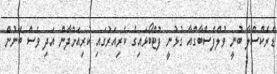
ޑްރެކްސްލާ ބުނީ ވުލްފްސްބާގްއާ ގުޅުނީ ފުޓްބޯޅައިގެ ކެރިއަރުގައި ކުރިއަށްދާން އަދި ވެސް ބޭނުން